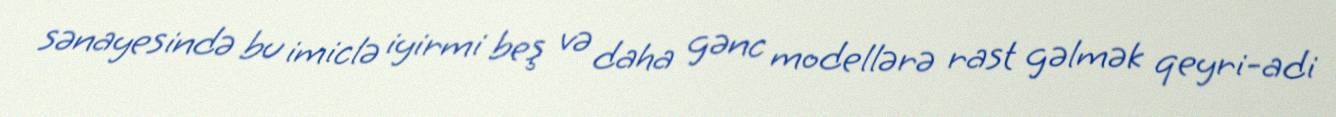
sənayesində bu imiclə iyirmi beş və daha gənc modellərə rast gəlmək qeyri-adi